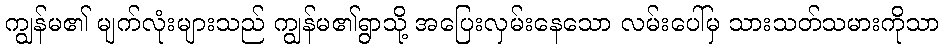
ကျွန်မ၏ မျက်လုံးများသည် ကျွန်မ၏ရွာသို့ အပြေးလှမ်းနေသော လမ်းပေါ်မှ သားသတ်သမားကိုသာ